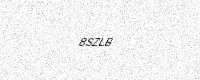
Text: 8SZLB